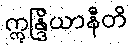
ဣန္ဒြိယာနီတိ